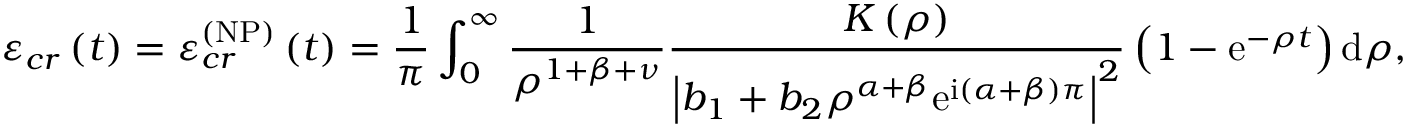
\varepsilon _ { c r } \left( t \right) = \varepsilon _ { c r } ^ { \left( \mathrm { N P } \right) } \left( t \right) = \frac { 1 } { \pi } \int _ { 0 } ^ { \infty } \frac { 1 } { \rho ^ { 1 + \beta + \nu } } \frac { K \left( \rho \right) } { \left\vert b _ { 1 } + b _ { 2 } \rho ^ { \alpha + \beta } \mathrm { e } ^ { \mathrm { i } \left( \alpha + \beta \right) \pi } \right\vert ^ { 2 } } \left( 1 - \mathrm { e } ^ { - \rho t } \right) \mathrm { d } \rho ,